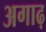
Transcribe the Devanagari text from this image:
अगाढ़